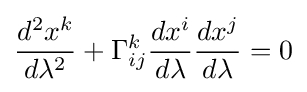
{\frac {d^{2}x^{k}}{d\lambda ^{2}}}+\Gamma _{ij}^{k}{\frac {dx^{i}}{d\lambda }}{\frac {dx^{j}}{d\lambda }}=0